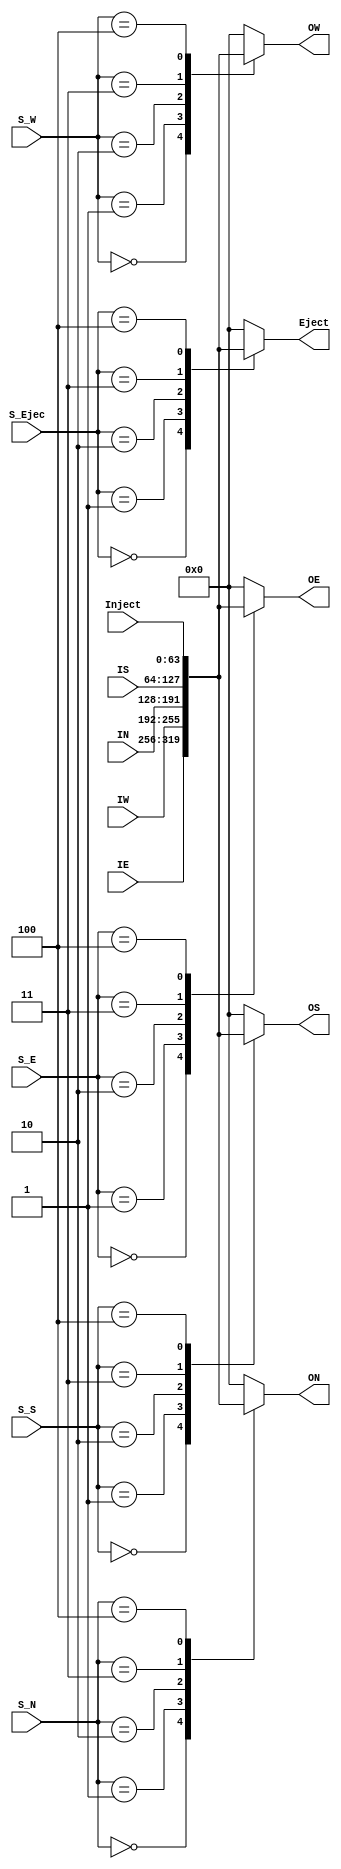
module CrossBar (output reg [63:0] OE,OW,ON,OS,Eject, input [2:0] S_E, S_W, S_N, S_S, S_Ejec, input [63:0] IE, IW, IN, IS, Inject);
  
  always @(*)
  begin
    case (S_E)
      3'd0: OE = IE;
      3'd1: OE = IW;
      3'd2: OE = IN;
      3'd3: OE = IS;
      3'd4: OE = Inject;
      default:
        OE = 64'b0;
    endcase
    
    case (S_W)
      3'd0: OW = IE;
      3'd1: OW = IW;
      3'd2: OW = IN;
      3'd3: OW = IS;
      3'd4: OW = Inject;
      default:
        OW = 64'b0;
    endcase
    
    case (S_N)
      3'd0: ON = IE;
      3'd1: ON = IW;
      3'd2: ON = IN;
      3'd3: ON = IS;
      3'd4: ON = Inject;
      default:
        ON = 64'b0;
    endcase
    
    case (S_S)
      3'd0: OS = IE;
      3'd1: OS = IW;
      3'd2: OS = IN;
      3'd3: OS = IS;
      3'd4: OS = Inject;
      default:
        OS = 64'b0;
    endcase
    
    case (S_Ejec)
      3'd0: Eject = IE;
      3'd1: Eject = IW;
      3'd2: Eject = IN;
      3'd3: Eject = IS;
      3'd4: Eject = Inject;
      default:
        Eject = 64'b0;
    endcase
    
  end
  
endmodule